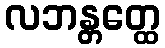
လဘန္တတ္ထေ